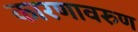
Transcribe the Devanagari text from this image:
कारणावरुण